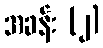
အခန်း (၂)